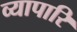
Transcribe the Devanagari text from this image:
व्यापारि